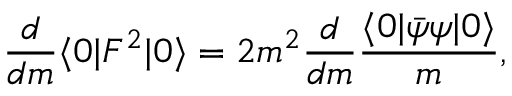
\frac { d } { d m } \langle 0 | F ^ { 2 } | 0 \rangle = 2 m ^ { 2 } \frac { d } { d m } \frac { \langle 0 | \bar { \psi } \psi | 0 \rangle } { m } ,